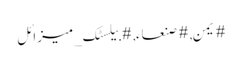
#یمن, #صنعاء, #بیلسٹک_میزائل